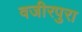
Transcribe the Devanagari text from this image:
वजीरपुरा